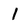
Character: 1